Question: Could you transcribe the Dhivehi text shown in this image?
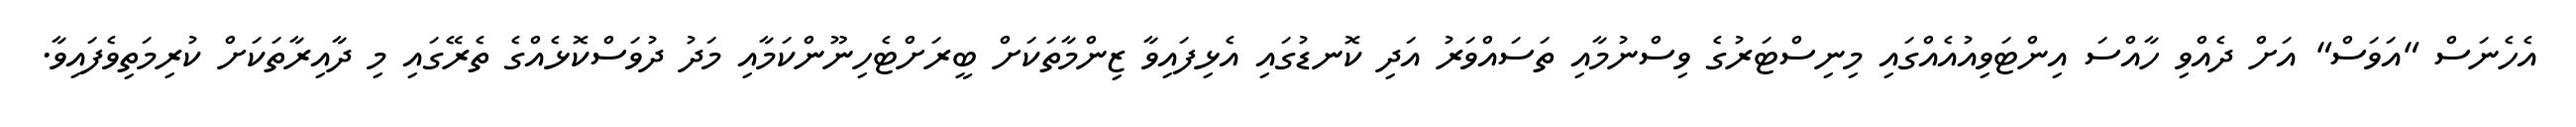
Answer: އެހެނަސް "އަވަސް" އަށް ދެއްވި ހާއްސަ އިންޓަވިއުއެއްގައި މިނިސްޓަރުގެ ވިސްނުމާއި ތަސައްވަރު އަދި ކޮނޑުގައި އެޅިފައިވާ ޒިންމާތަކަށް ބީރަށްޓެހިނޫންކަމާއި މަދު ދުވަސްކޮޅެއްގެ ތެރޭގައި މި ދާއިރާތަކަށް ކުރިމަތިވެފައިވާ.